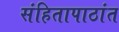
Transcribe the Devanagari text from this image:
संहितापाठांत